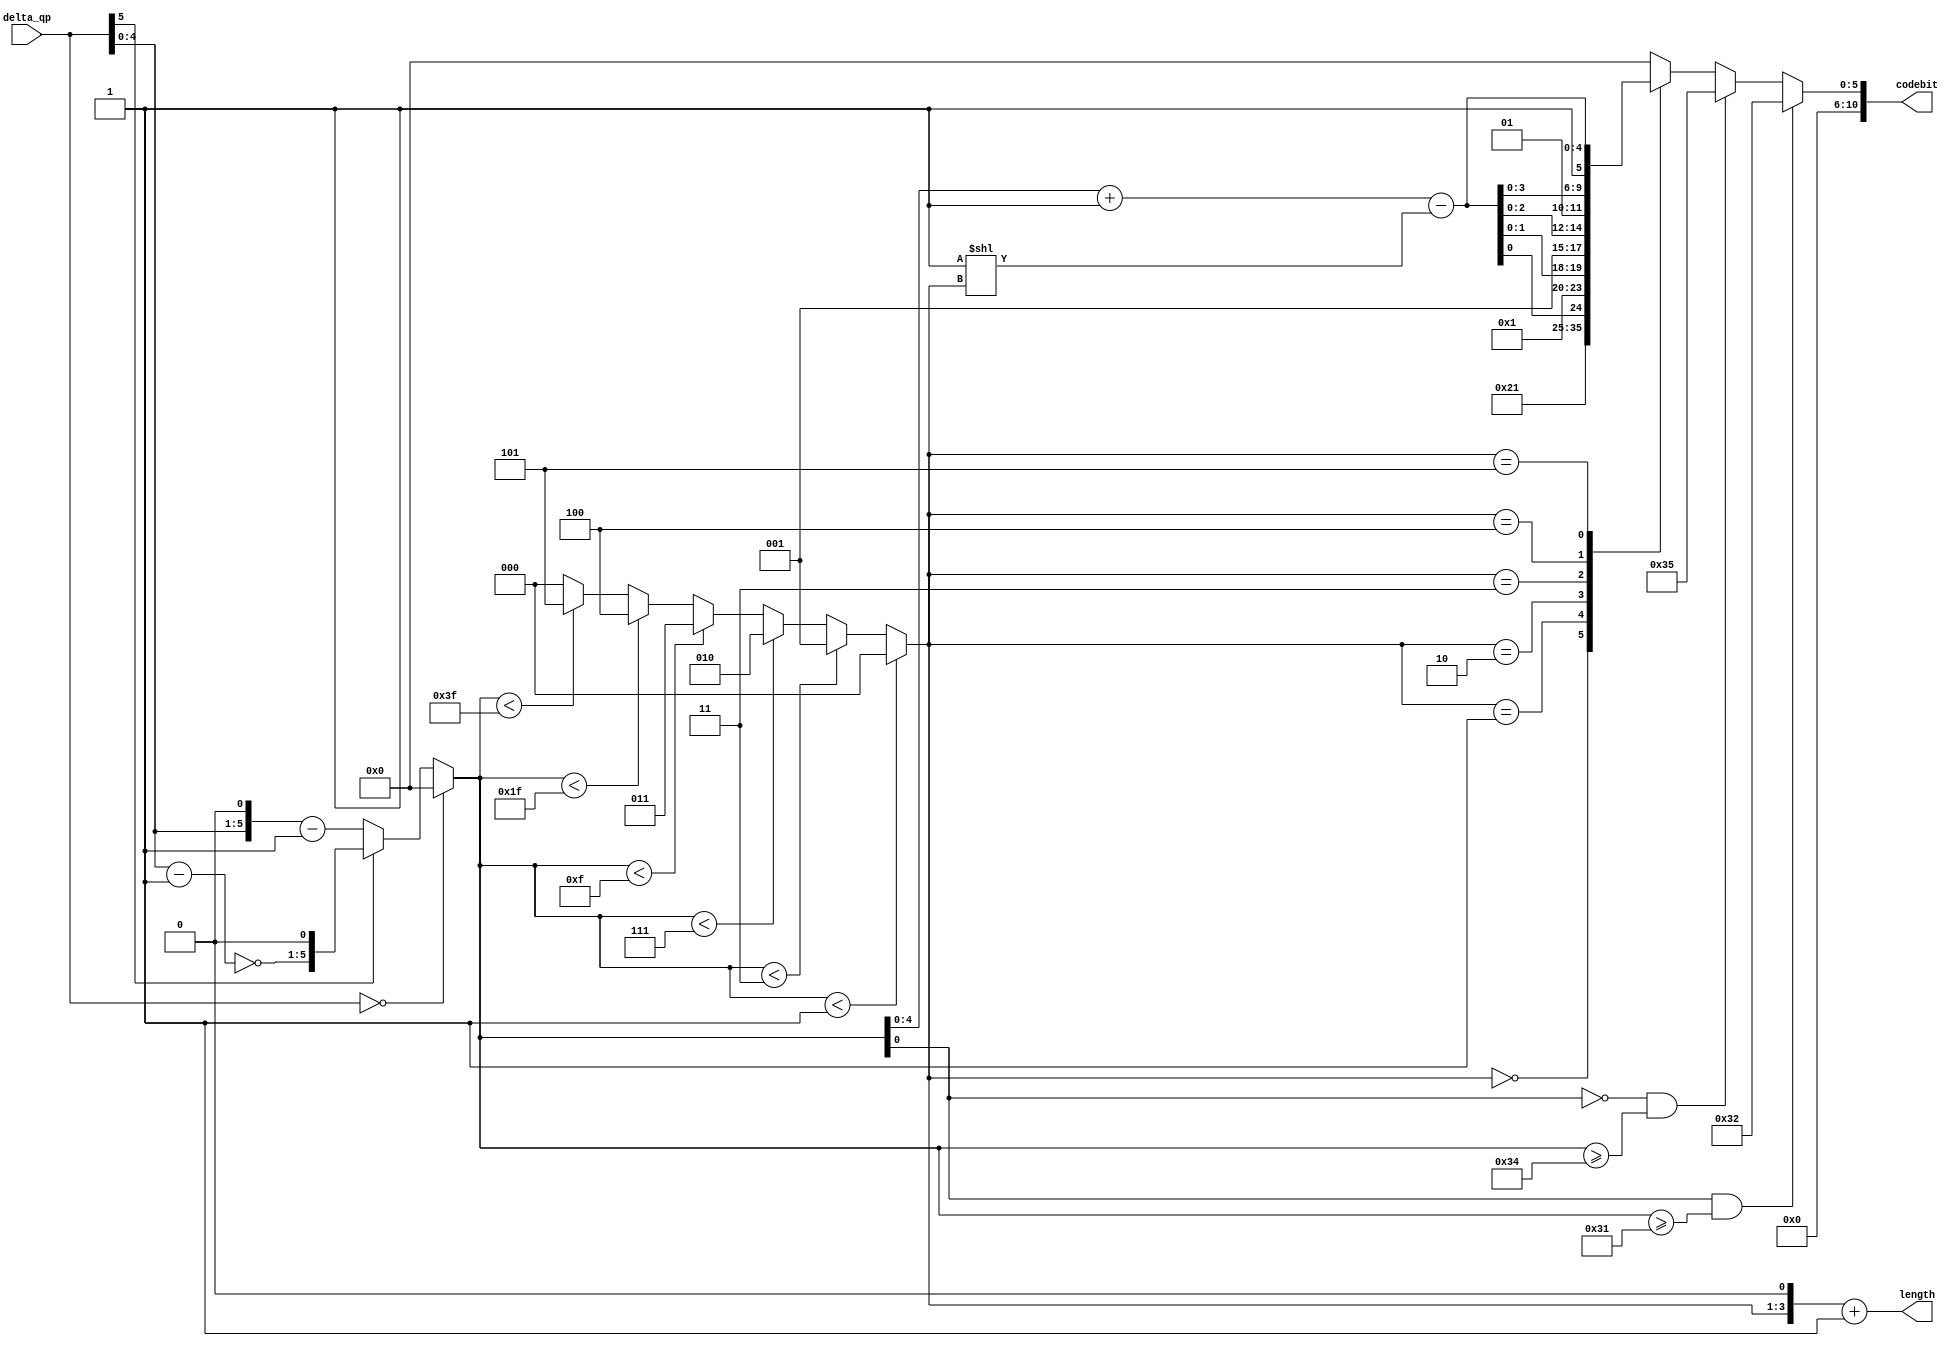
module Delta_qp_enc	(
				delta_qp,
				codebit,
				length
);

input signed   [5:0]   delta_qp;
output reg  [10:0]   codebit;
output      [3:0]   length;   
wire	    [2:0]   LeadingZeroNum;
wire        [4:0]   suffix;
reg         [5:0]   codenum;
//assign codenum = (~delta_qp[5]) ? ((delta_qp[4:0] << 1)-1'd1) : ((~(delta_qp[4:0]-1'd1))<<1);
always@* begin
	if (delta_qp == 'd0) codenum ='d0;
	else if (~delta_qp[5]) codenum = (delta_qp[4:0] <<1) -1'd1;
	else codenum = (~(delta_qp[4:0] - 1'd1))<<1;
end

assign LeadingZeroNum = (codenum < 'd1) ? 'd0 : (
				  (codenum < 'd3) ? 'd1 : (
			 	  (codenum < 'd7) ? 'd2 : (
				  (codenum < 'd15)? 'd3 : (
				  (codenum < 'd31)? 'd4 : (
				  (codenum < 'd63)? 'd5 :'d0
)))));

assign length =(LeadingZeroNum << 1) +1;
assign suffix = codenum + 1'd1 - (1<<LeadingZeroNum);

always @(*)begin
	if  (codenum[0]==1'b1 && codenum >='d49)
		codebit = {6'b000001, 5'b10010};
	else if (codenum[0]==1'b0 && codenum >='d52)
		codebit = {6'b000001, 5'b10101};
	else begin
	case(LeadingZeroNum)
    6'd0:  codebit = {10'd0, 1'b1};
    6'd1:  codebit = {8'd0, {2'b01, suffix[0]}} ;
    6'd2:  codebit = {6'd0, {3'b001, suffix[1:0]}} ;
    6'd3:  codebit = {4'd0, {4'b0001, suffix[2:0]}} ;
    6'd4:  codebit = {2'd0, {5'b00001, suffix[3:0]}};
    6'd5:  codebit = {6'b000001, suffix[4:0]} ;
    default: codebit = 11'd0 ;
	endcase
	end
end
endmodule